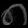
Digit: ၈